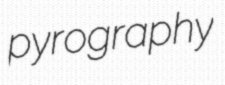
pyrography